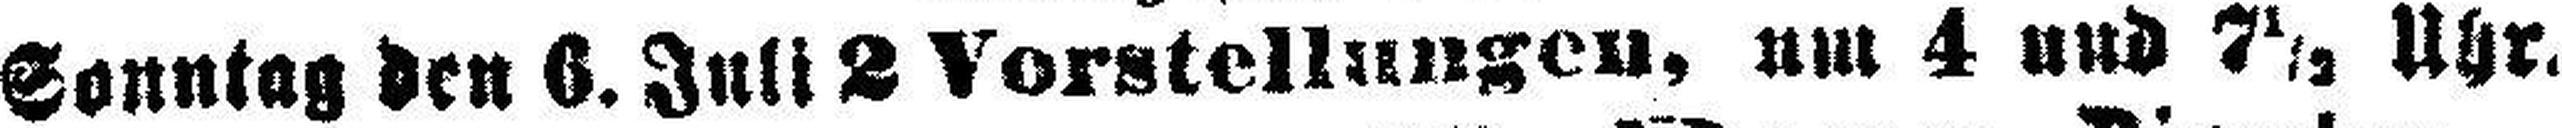
Sonntag den 6. Juli 2 Vorstellungen, um 4 und 7½ Uhr.